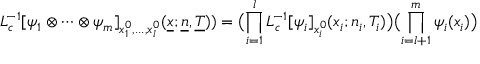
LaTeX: L _ { c } ^ { - 1 } [ \psi _ { 1 } \otimes \cdots \otimes \psi _ { m } ] _ { x _ { 1 } ^ { 0 } , . . . , x _ { l } ^ { 0 } } ( \underline { { { x } } } ; \underline { { { n } } } , \underline { { { T } } } ) ) = \bigl ( \prod _ { i = 1 } ^ { l } L _ { c } ^ { - 1 } [ \psi _ { i } ] _ { x _ { i } ^ { 0 } } ( x _ { i } ; n _ { i } , T _ { i } ) \bigr ) \bigl ( \prod _ { i = l + 1 } ^ { m } \psi _ { i } ( x _ { i } ) \bigr )